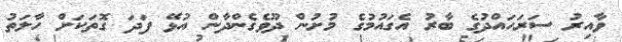
ވާއިރު ސަރަހައްދުގެ ބާރު އެގައުމުގެ މުށުން ދޫވެގެންދާން އުޅޭ ފަދަ ގޮތަކަށް ހާލަތު